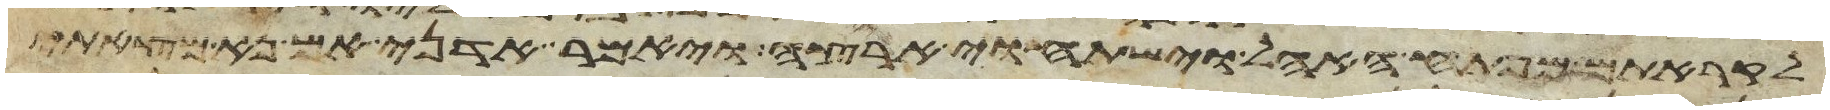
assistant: לקראתם מפתח האהל וישתחוי ארצה ויאמר אדני אם נא מצאתי